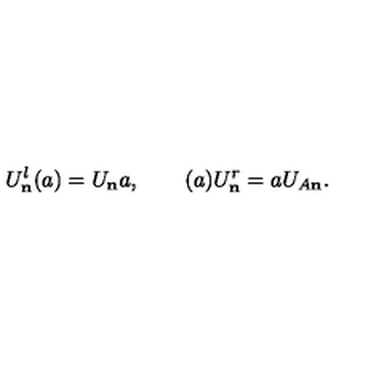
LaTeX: U _ { \bf n } ^ { l } ( a ) = U _ { \bf n } a , \qquad ( a ) U _ { \bf n } ^ { r } = a U _ { A \bf n } .